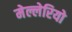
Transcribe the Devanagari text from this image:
मेल्लेरियो